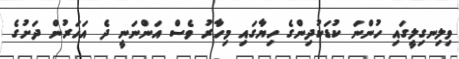
ވިލިނގިލީގައި ހުންނަ ކުޑަކުދިންގެ ހިޔާގައި މިހާރު ވެސް އަންނަނީ ދެ އަހަރުން ދަށުގެ